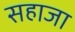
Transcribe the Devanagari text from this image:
सहाजा